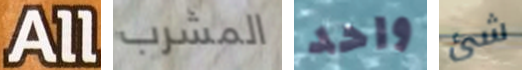
All المشرب واحد شئ